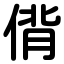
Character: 偝